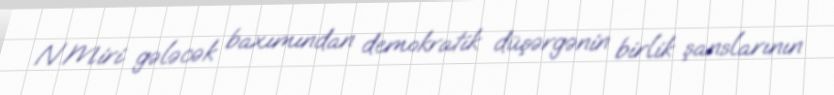
N.Miri gələcək baxımından demokratik düşərgənin birlik şanslarının